Lunatic asylums Central Provinces reports 1874-1885 - 1874-1885
Year: 1874
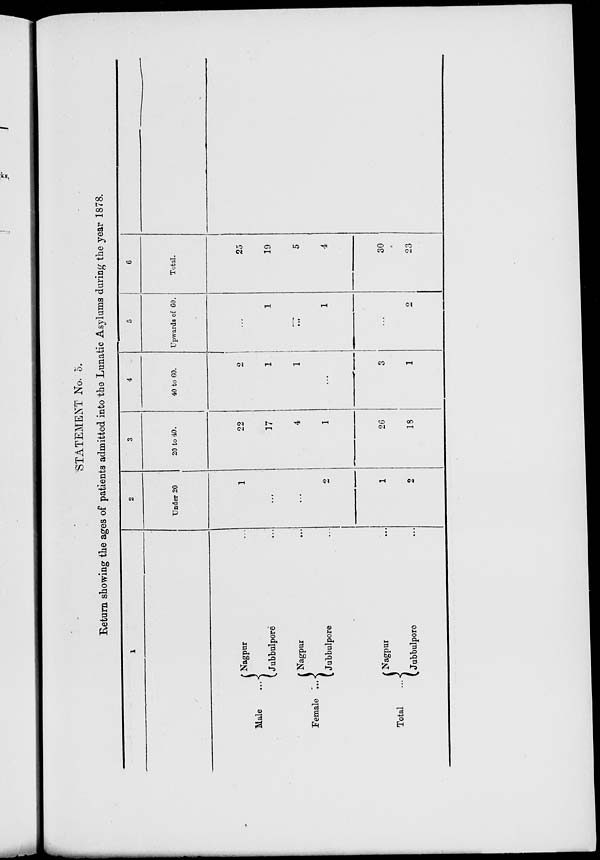
STATEMENT No. 5.
Return showing the ages of patients admitted into the Lunatic Asylums during the year 1878.
1
Male
...
Female
...
Total ...
Nagpur ...
Jubbulpore ...
Nagpur ...
Jubbulpore ...
Nagpur ...
Jubbulpore ...
2
Under 20
1
...
...
2
1
2
3
20 to 40.
22
17
4
1
26
18
4
40 to 60.
2
1
1
...
3
1
5
Upwards of 60.
...
1
...
1
...
2
6
Total.
25
19
5
4
30
23